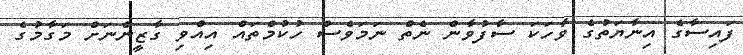
ފައިސާގެ އިނާޔަތުގެ ވާހަކަ ސާފުވާން ނެތް ނަމަވެސް ހުކުމްތައް އިއްވި ގާޒީންނަށް މަގާމުގެ